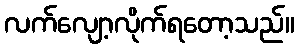
လက်လျော့လိုက်ရတော့သည်။